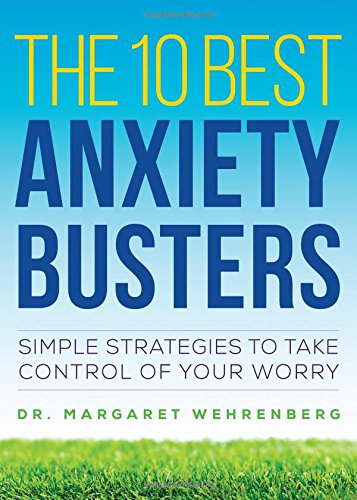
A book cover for The 10 Best Anxiety Busters: Simple Strategies to Take Control of Your Worry; Margaret Wehrenberg Psy.D.; Self-Help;